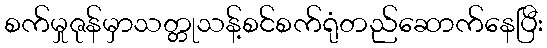
စက်မှုဇုန်မှာသတ္တုသန့်စင်စက်ရုံတည်ဆောက်နေပြီး